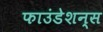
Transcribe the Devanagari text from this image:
फाउंडेशन्स